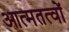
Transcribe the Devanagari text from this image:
आत्मतत्वों